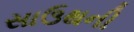
સાઉથની